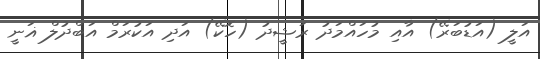
އަލީ (އަޑުބަރޭ) އާއި މުހައްމަދު ރަޝީދު (ހޮކޭ) އަދި އަކުރަމް އަބްދުލް ޣަނީ